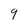
Character: 9